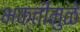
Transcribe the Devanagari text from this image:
भक्तीमुळे